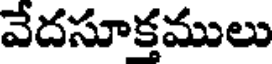
వేదసూక్తములు